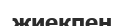
жиекпен